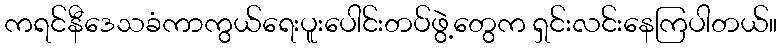
ကရင်နီဒေသခံကာကွယ်ရေးပူးပေါင်းတပ်ဖွဲ့တွေက ရှင်းလင်းနေကြပါတယ်။